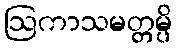
ဩကာသမတ္တမ္ပိ